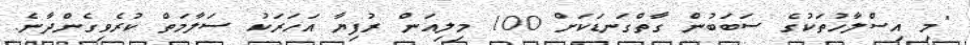
"މި އިސްލާހުތަކުގެ ސަބަބުން ގާތްގަނޑަކަށް 100 މިލިއަން ރުފިޔާ އަހަރަކު ސަލާމަތް ކުރެވިގެންދާނެ.